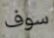
سوف